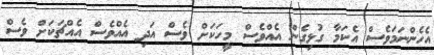
އެހެންނަމަވެސް އެކަމާ ގުޅިގެން އެއްވެސް މީހަކަށް ވެސް އަދި އެއްވެސް އެއްޗަކަށް ވެސް